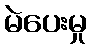
မဲပေးမှု